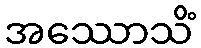
အဿောသိံ